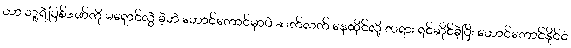
ဟာ သူ့ရဲ့ပြစ်ဒဏ်ကို မရှောင်လွှဲ ခဲ့ဘဲ ဟောင်ကောင်မှာပဲ ဆက်လက် နေထိုင်လို့ တရား ရင်ဆိုင်ခဲ့ပြီး ဟောင်ကောင်နိုင်ငံ